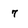
Character: 7